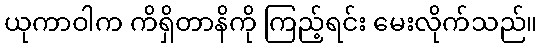
ယုကာဝါက ကိရှိတာနိကို ကြည့်ရင်း မေးလိုက်သည်။